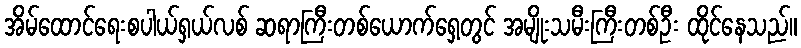
အိမ်ထောင်ရေးစပါယ်ရှယ်လစ် ဆရာကြီးတစ်ယောက်ရှေ့တွင် အမျိုးသမီးကြီးတစ်ဦး ထိုင်နေသည်။